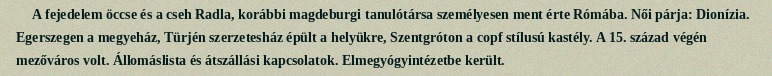
A fejedelem öccse és a cseh Radla, korábbi magdeburgi tanulótársa személyesen ment érte Rómába. Női párja: Dionízia. Egerszegen a megyeház, Türjén szerzetesház épült a helyükre, Szentgróton a copf stílusú kastély. A 15. század végén mezőváros volt. Állomáslista és átszállási kapcsolatok. Elmegyógyintézetbe került.